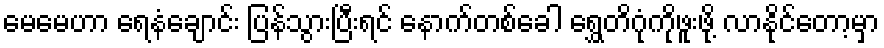
မေမေဟာ ရေနံချောင်း ပြန်သွားပြီးရင် နောက်တစ်ခေါ ရွှေတိဂုံကိုဖူးဖို့ လာနိုင်တော့မှာ